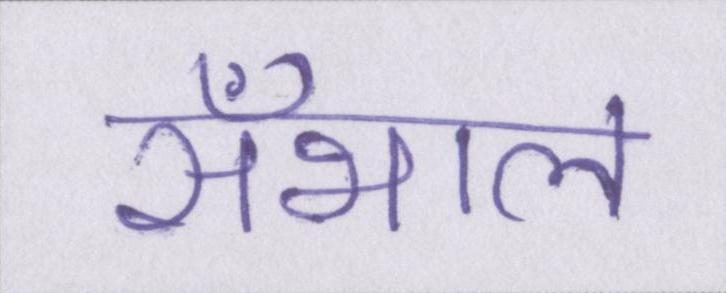
सँभाल